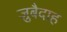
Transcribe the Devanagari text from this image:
ज़ुबैदाह